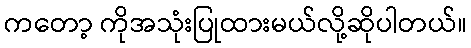
ကတော့ ကိုအသုံးပြုထားမယ်လို့ဆိုပါတယ်။